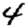
Digit: 4